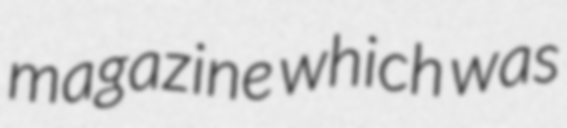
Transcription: magazine which was